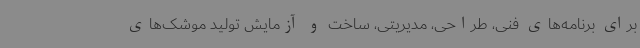
برای برنامه‌های فنی، طراحی، مدیریتی، ساخت و آزمایش تولید موشک‌های